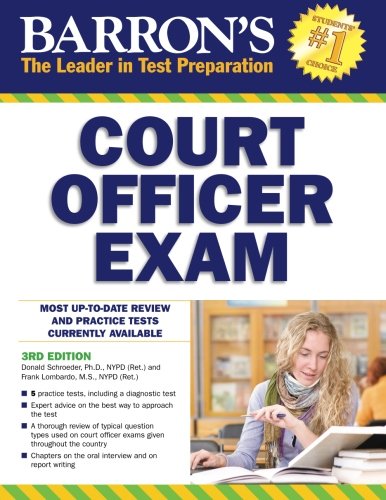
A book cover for Barron's Court Officer Exam, 3rd Edition; Donald Schroeder; Test Preparation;